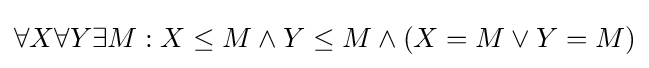
\forall X\forall Y\exists M:X\leq M\land Y\leq M\land (X=M\lor Y=M)